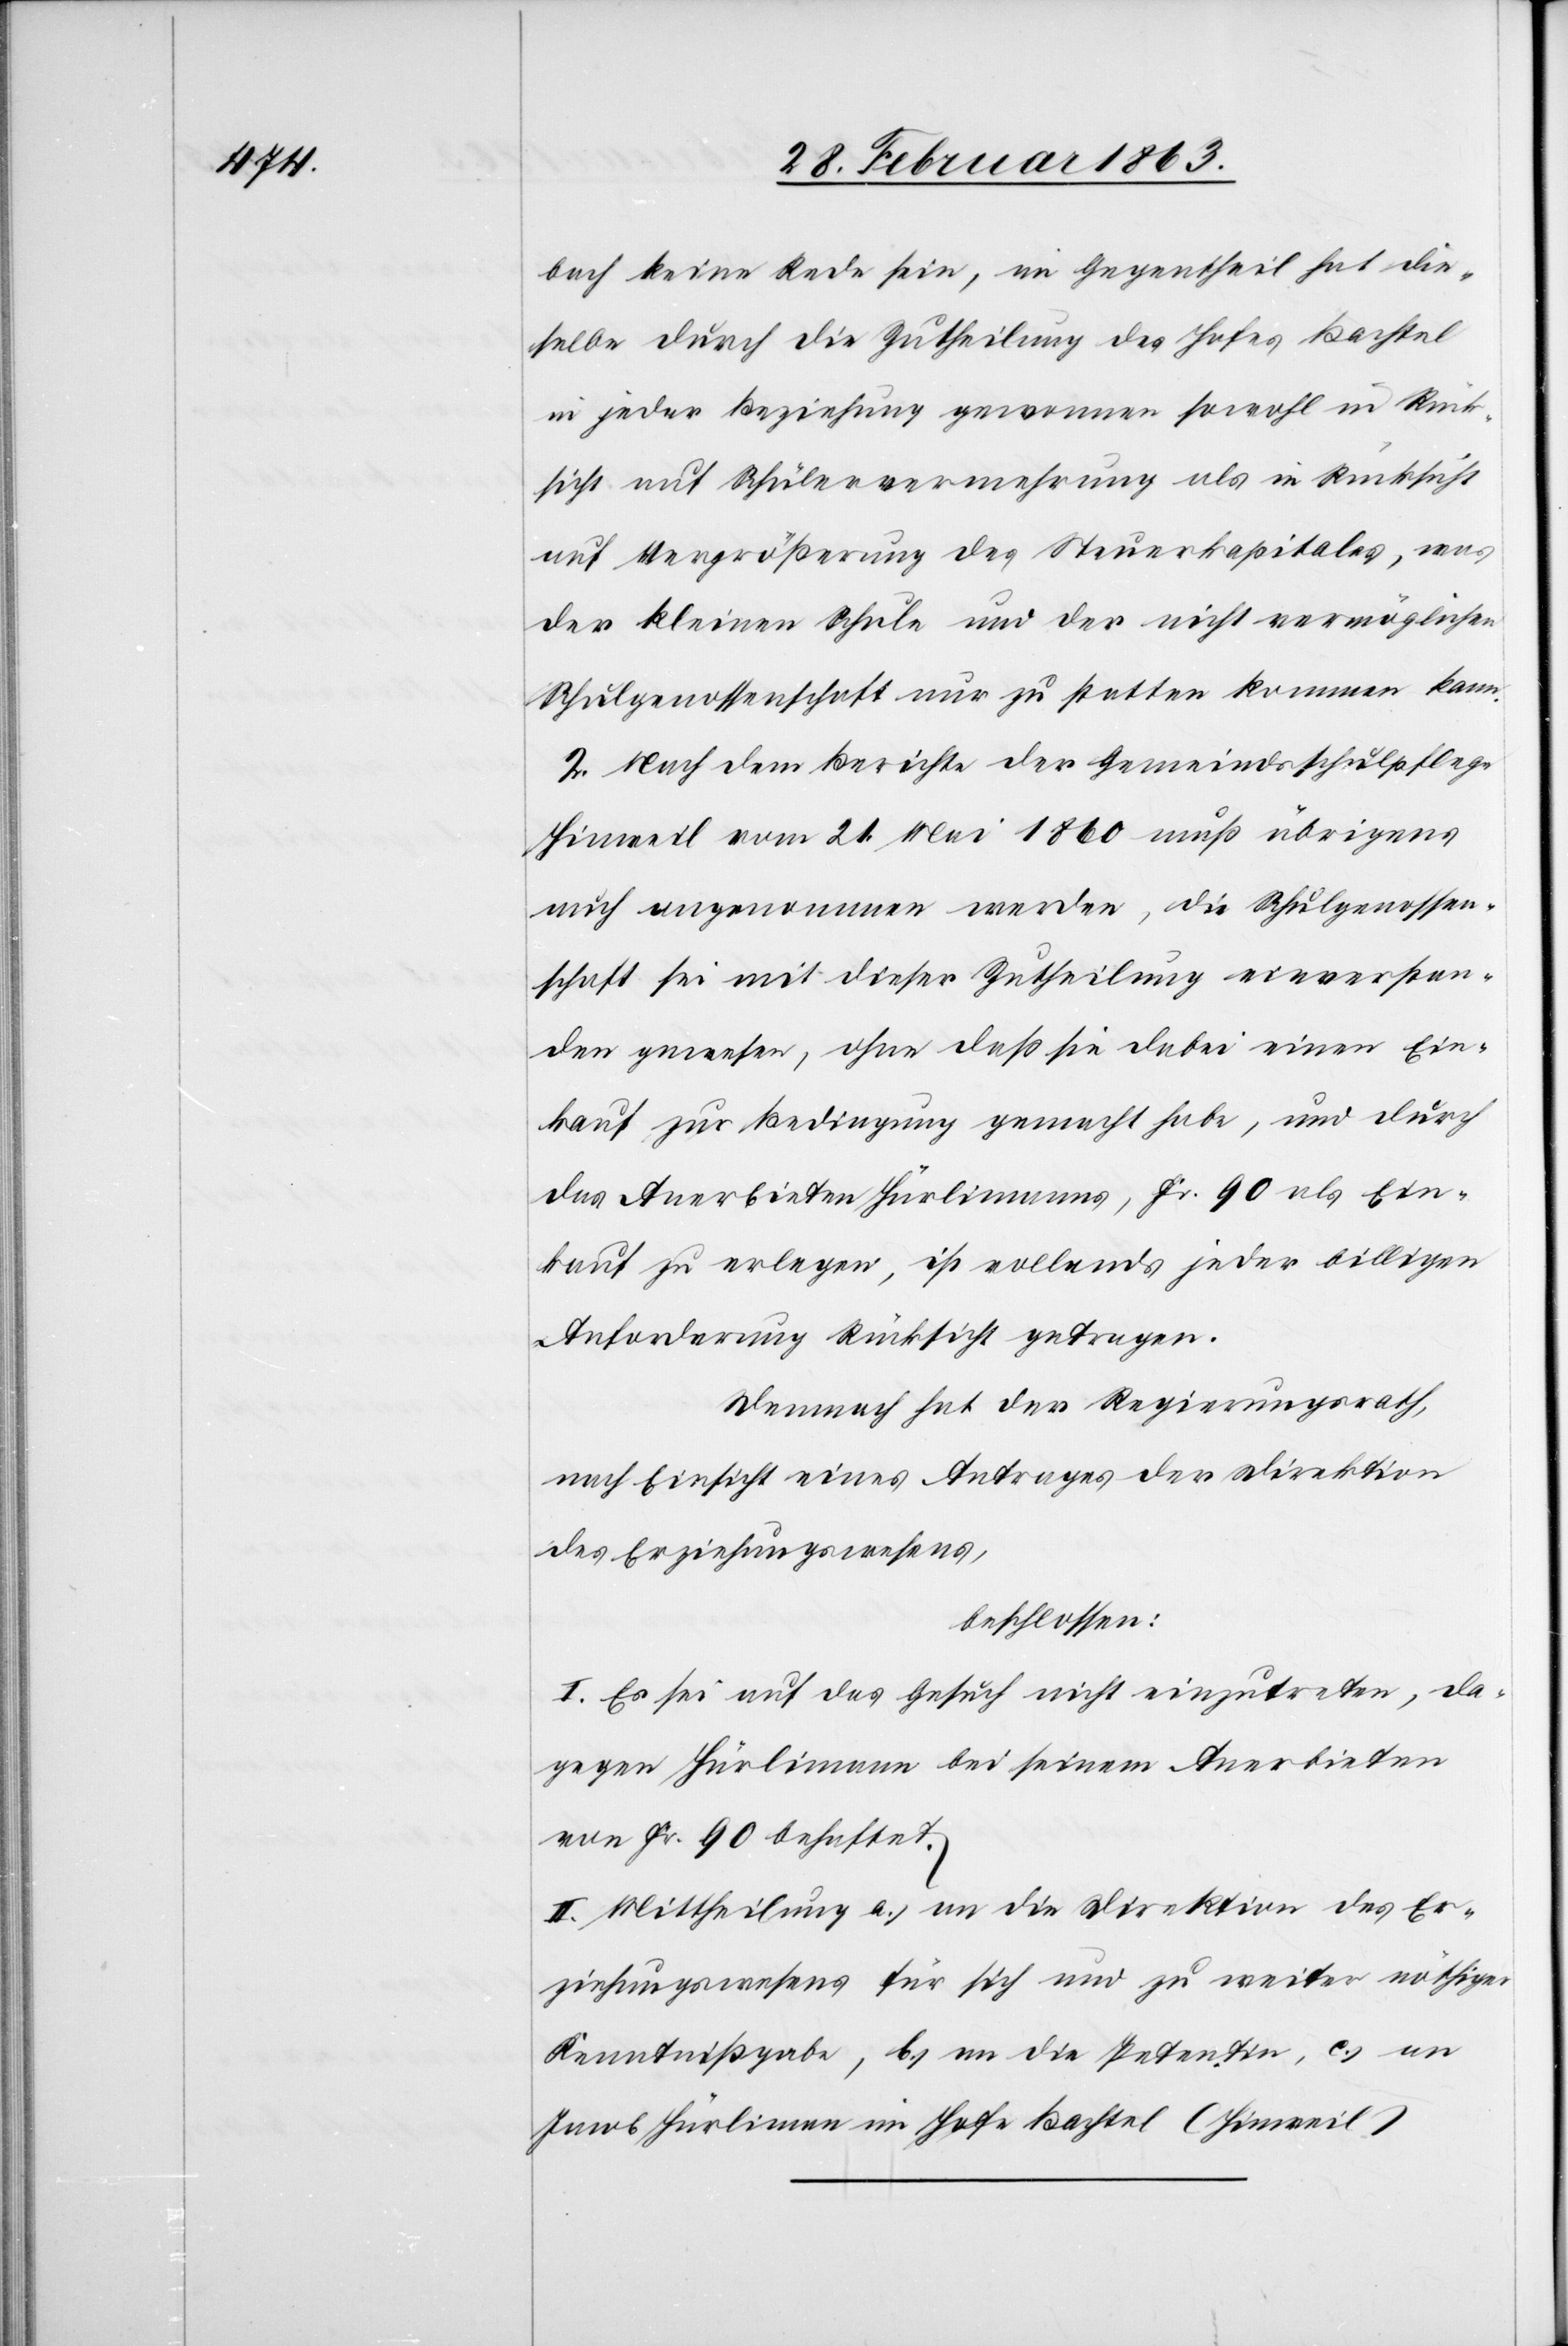
bach keine Rede sein, im Gegentheil hat die¬
selbe durch die Zutheilung des Hofes Bachtel
in jeder Beziehung gewonnen sowohl in Rück¬
sicht auf Schülervermehrung als in Rücksicht
auf Vergrößerung des Steuerkapitales, was
der kleinen Schule und der nicht vermöglichen
Schulgenossenschaft nur zu statten kommen kann.
2. Nach dem Berichte der Gemeindsschulpflege
Hinweil vom 21. Mai 1860 muß übrigens
auch angenommen werden, die Schulgenossen¬
schaft sei mit dieser Zutheilung einverstan¬
den gewesen, ohne daß sie dabei einen Ein¬
kauf zur Bedingung gemacht habe, und durch
das Anerbieten Hürlimanns, Fr. 90 als Ein¬
kauf zu erlegen, ist vollends jeder billigen
Anforderung Rücksicht getragen.
Demnach hat der Regierungsrath,
nach Einsicht eines Antrages der Direktion
des Erziehungswesens,
beschlossen:
I. Es sei auf das Gesuch nicht einzutreten, da¬
gegen Hürlimann bei seinem Anerbieten
von Fr. 90 behaftet.
II. Mittheilung a.) an die Direktion des Er¬
ziehungswesens für sich und zu weiter nöthiger
Kenntnißgabe, b.) an die Petenten, c.) an
Jacob Hürlimann im Hofe Bachtel (Hinweil)[.]